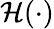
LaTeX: \mathcal{H}(\cdot)